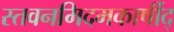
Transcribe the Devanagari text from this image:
स्तवनमिदमकार्षीद्